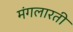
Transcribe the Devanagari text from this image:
मंगलारती